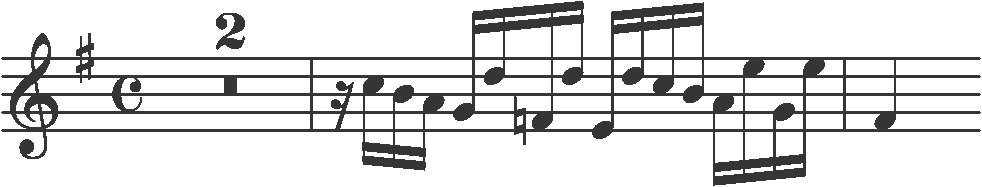
Transcription: clef-G2 keySignature-GM timeSignature-C multirest-2 barline rest-sixteenth note-C5_sixteenth note-B4_sixteenth note-A4_sixteenth note-G4_sixteenth note-D5_sixteenth note-F4_sixteenth note-D5_sixteenth note-E4_sixteenth note-D5_sixteenth note-C5_sixteenth note-B4_sixteenth note-A4_sixteenth note-E5_sixteenth note-G4_sixteenth note-E5_sixteenth barline note-F#4_quarter